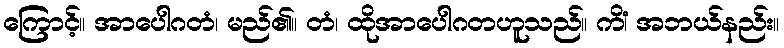
ကြောင့်။ အာပေါဂတံ၊ မည်၏။ တံ၊ ထိုအာပေါဂတဟူသည်။ ကိံ၊ အဘယ်နည်း။